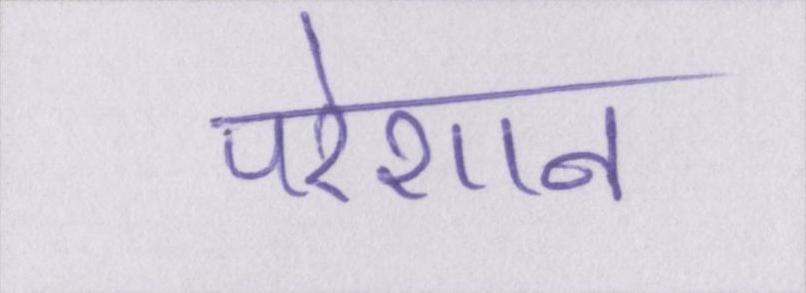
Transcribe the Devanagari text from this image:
परेशान